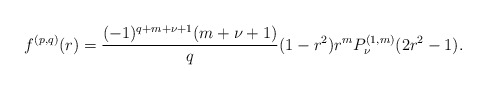
\begin{align*}f^{(p,q)}(r)=\frac{(-1)^{q+m+\nu+1}(m+\nu+1)}{q}(1-r^2)r^mP^{(1,m)}_{\nu}(2r^2-1). \end{align*}